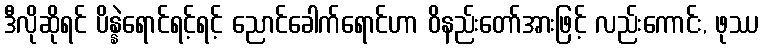
ဒီလိုဆိုရင် ပိန္နဲရောင်ရင့်ရင့် ညောင်ခေါက်ရောင်ဟာ ဝိနည်းတော်အားဖြင့် လည်းကောင်း, ဖုဿ